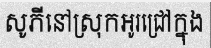
សូភីនៅស្រុកអូរជ្រៅក្នុង